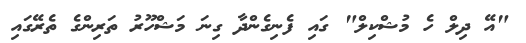
"އޭ ދިލް ހެ މުޝްކިލް" ގައި ފެނިގެންދާ ގިނަ މަޝްހޫރު ތަރިންގެ ތެރޭގައި